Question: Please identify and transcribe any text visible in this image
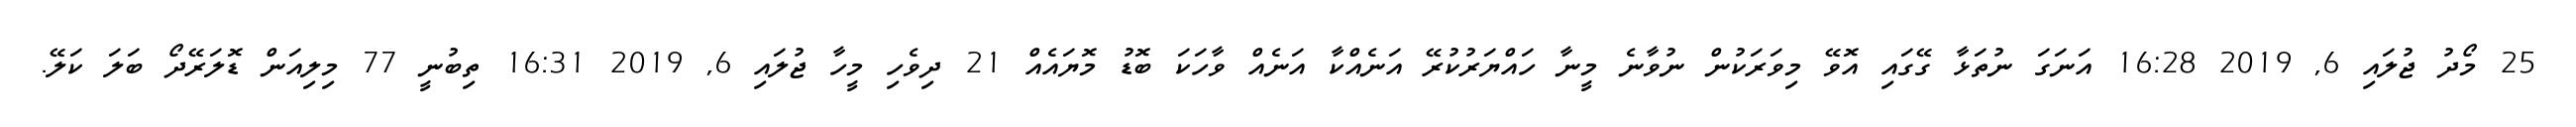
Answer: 25 މޯދު ޖުލައި 6, 2019 16:28 އަނަގަ ނުތަޅާ ގޭގައި އޮވޭ މިވަރަކުން ނުވާނެ މީނާ ހައްޔަރުކުރޭ އަނެއްކާ އަނެއް ވާހަކަ ބޮޑު މޮޔައެއް 21 ދިވެހި މީހާ ޖުލައި 6, 2019 16:31 ތިބުނީ 77 މިލިއަން ޑޮލަރޭދޯ ބަލަ ކަލޭ.